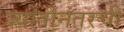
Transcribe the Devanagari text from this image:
ज्योतीनंतरची